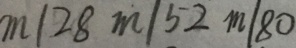
m \vert 2 8 m \vert 5 2 m \vert 8 0